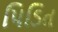
પિડિત